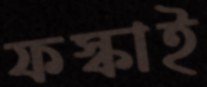
ফস্‌কাই